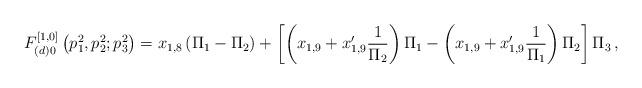
LaTeX: \begin{align*}F^{[1,0]}_{(d)0} \left(p^{2}_{1}, p^{2}_{2}; p^{2}_{3} \right) =x_{1,8} \left( \Pi_{1} - \Pi_{2} \right) + \left[ \left( x_{1,9}+ x'_{1,9} \frac{1}{\Pi_{2}} \right) \Pi_{1} - \left(x_{1,9} +x'_{1,9}\frac{1}{\Pi_{1}} \right) \Pi_{2} \right] \Pi_{3} \, ,\end{align*}